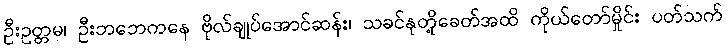
ဦးဥတ္တမ၊ ဦးဘဘေကနေ ဗိုလ်ချုပ်အောင်ဆန်း၊ သခင်နုတို့ခေတ်အထိ ကိုယ်တော်မှိုင်း ပတ်သက်